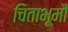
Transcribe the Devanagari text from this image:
चिताभूमौ